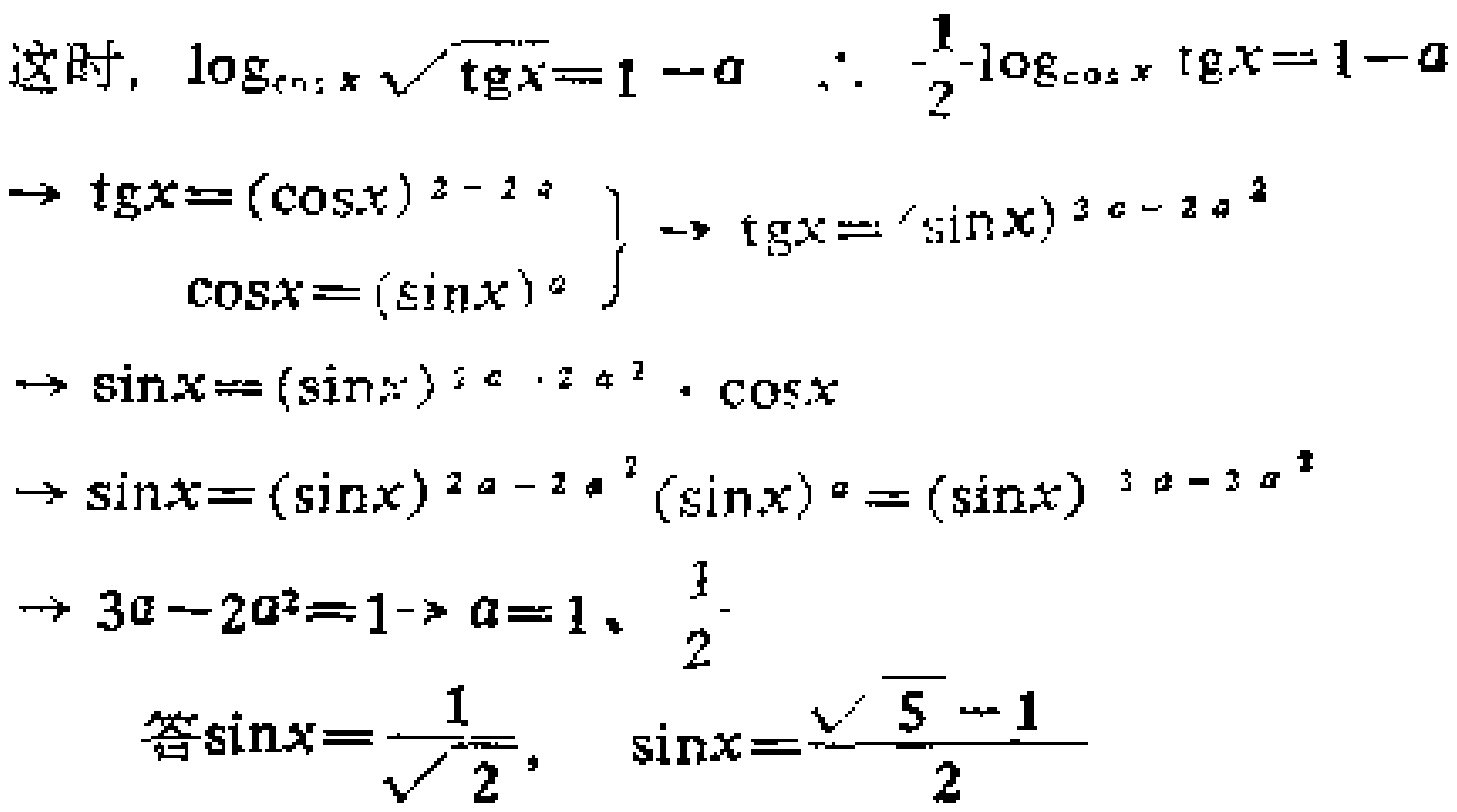
这时, $\log_{\cos x} \sqrt{\tg x}=1 - a$  $\therefore  \frac{1}{2}\log_{\cos x} \tg x=1 - a$
$\Rightarrow \tg x=(\cos x)^{2 - 2a}$
$\left.\begin{array}{r}
\\
\cos x=(\sin x)^{a}
\end{array}\right\}  \Rightarrow \tg x=(\sin x)^{2 - 2a^{2}}$
$\Rightarrow \sin x=(\sin x)^{2 - 2a^{2}} \cdot \cos x$
$\Rightarrow \sin x=(\sin x)^{2a - 2a^{2}}(\sin x)^{a}=(\sin x)^{3a - 3a^{2}}$
$\Rightarrow 3a - 2a^{2}=1\Rightarrow a = 1、 \frac{1}{2}$
答$\sin x=\frac{1}{\sqrt{2}}$,  $\sin x=\frac{\sqrt{5} - 1}{2}$